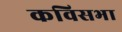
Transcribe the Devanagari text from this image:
कविसभा